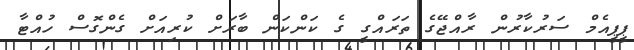
ޕީޕީއެމް ސަރުކާރުން ރާއްޖޭގެ ތަރައްގީ ގެ ކަންކަން ބާރަށް ކުރިއަށް ގެންގޮސް ހުއްޓާ